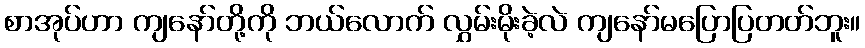
စာအုပ်ဟာ ကျနော်တို့ကို ဘယ်လောက် လွှမ်းမိုးခဲ့လဲ ကျနော်မပြောပြတတ်ဘူး။